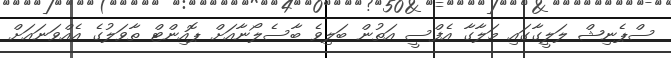
ސްޕެނިޝް ލަލީގާގައި މަލާގާ އެފްސީ އަތުން ބަލިވެ ބާސެލޯނާއަށް ޕޮއިންޓް ތާވަލުގެ އެއްވަނައަށް